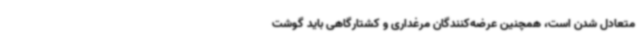
متعادل شدن است، همچنین عرضه‌کنندگان مرغداری و کشتارگاهی باید گوشت